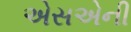
એસએની